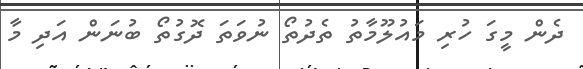
ދެން މީގަ ހުރި މައުލޫމާތު ތެދުތޯ ނުވަތަ ދޮގުތޯ ބުނަން އަދި މާ